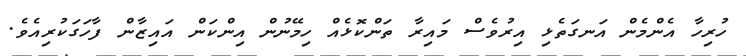
ހުރިހާ އެންމެން އަނގަތެޅި އިރުވެސް މައިރާ ތަންކޮޅެއް ހިމޭނުން އިންކަން އައިޒާން ފާހަގަކުރިއެވެ.